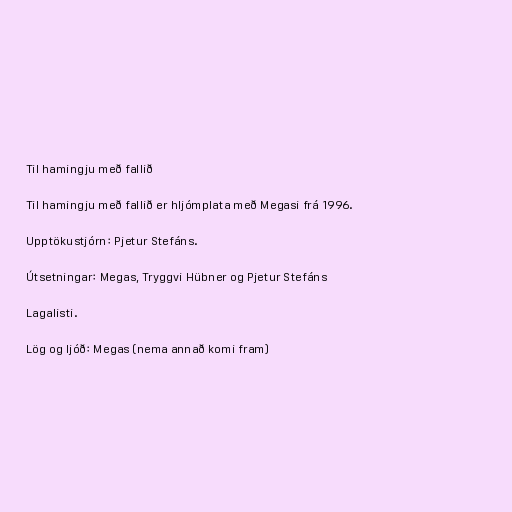
Til hamingju með fallið

Til hamingju með fallið er hljómplata með Megasi frá 1996.

Upptökustjórn: Pjetur Stefáns.

Útsetningar: Megas, Tryggvi Hübner og Pjetur Stefáns

Lagalisti.

Lög og ljóð: Megas (nema annað komi fram)